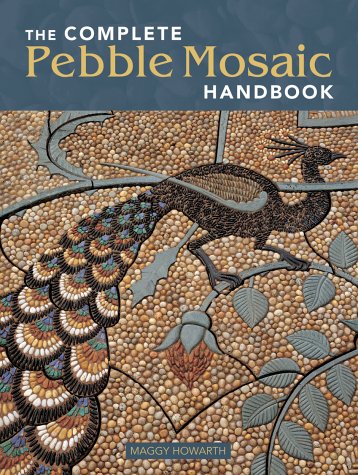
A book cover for The Complete Pebble Mosaic Handbook; Maggy Howarth; Arts & Photography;